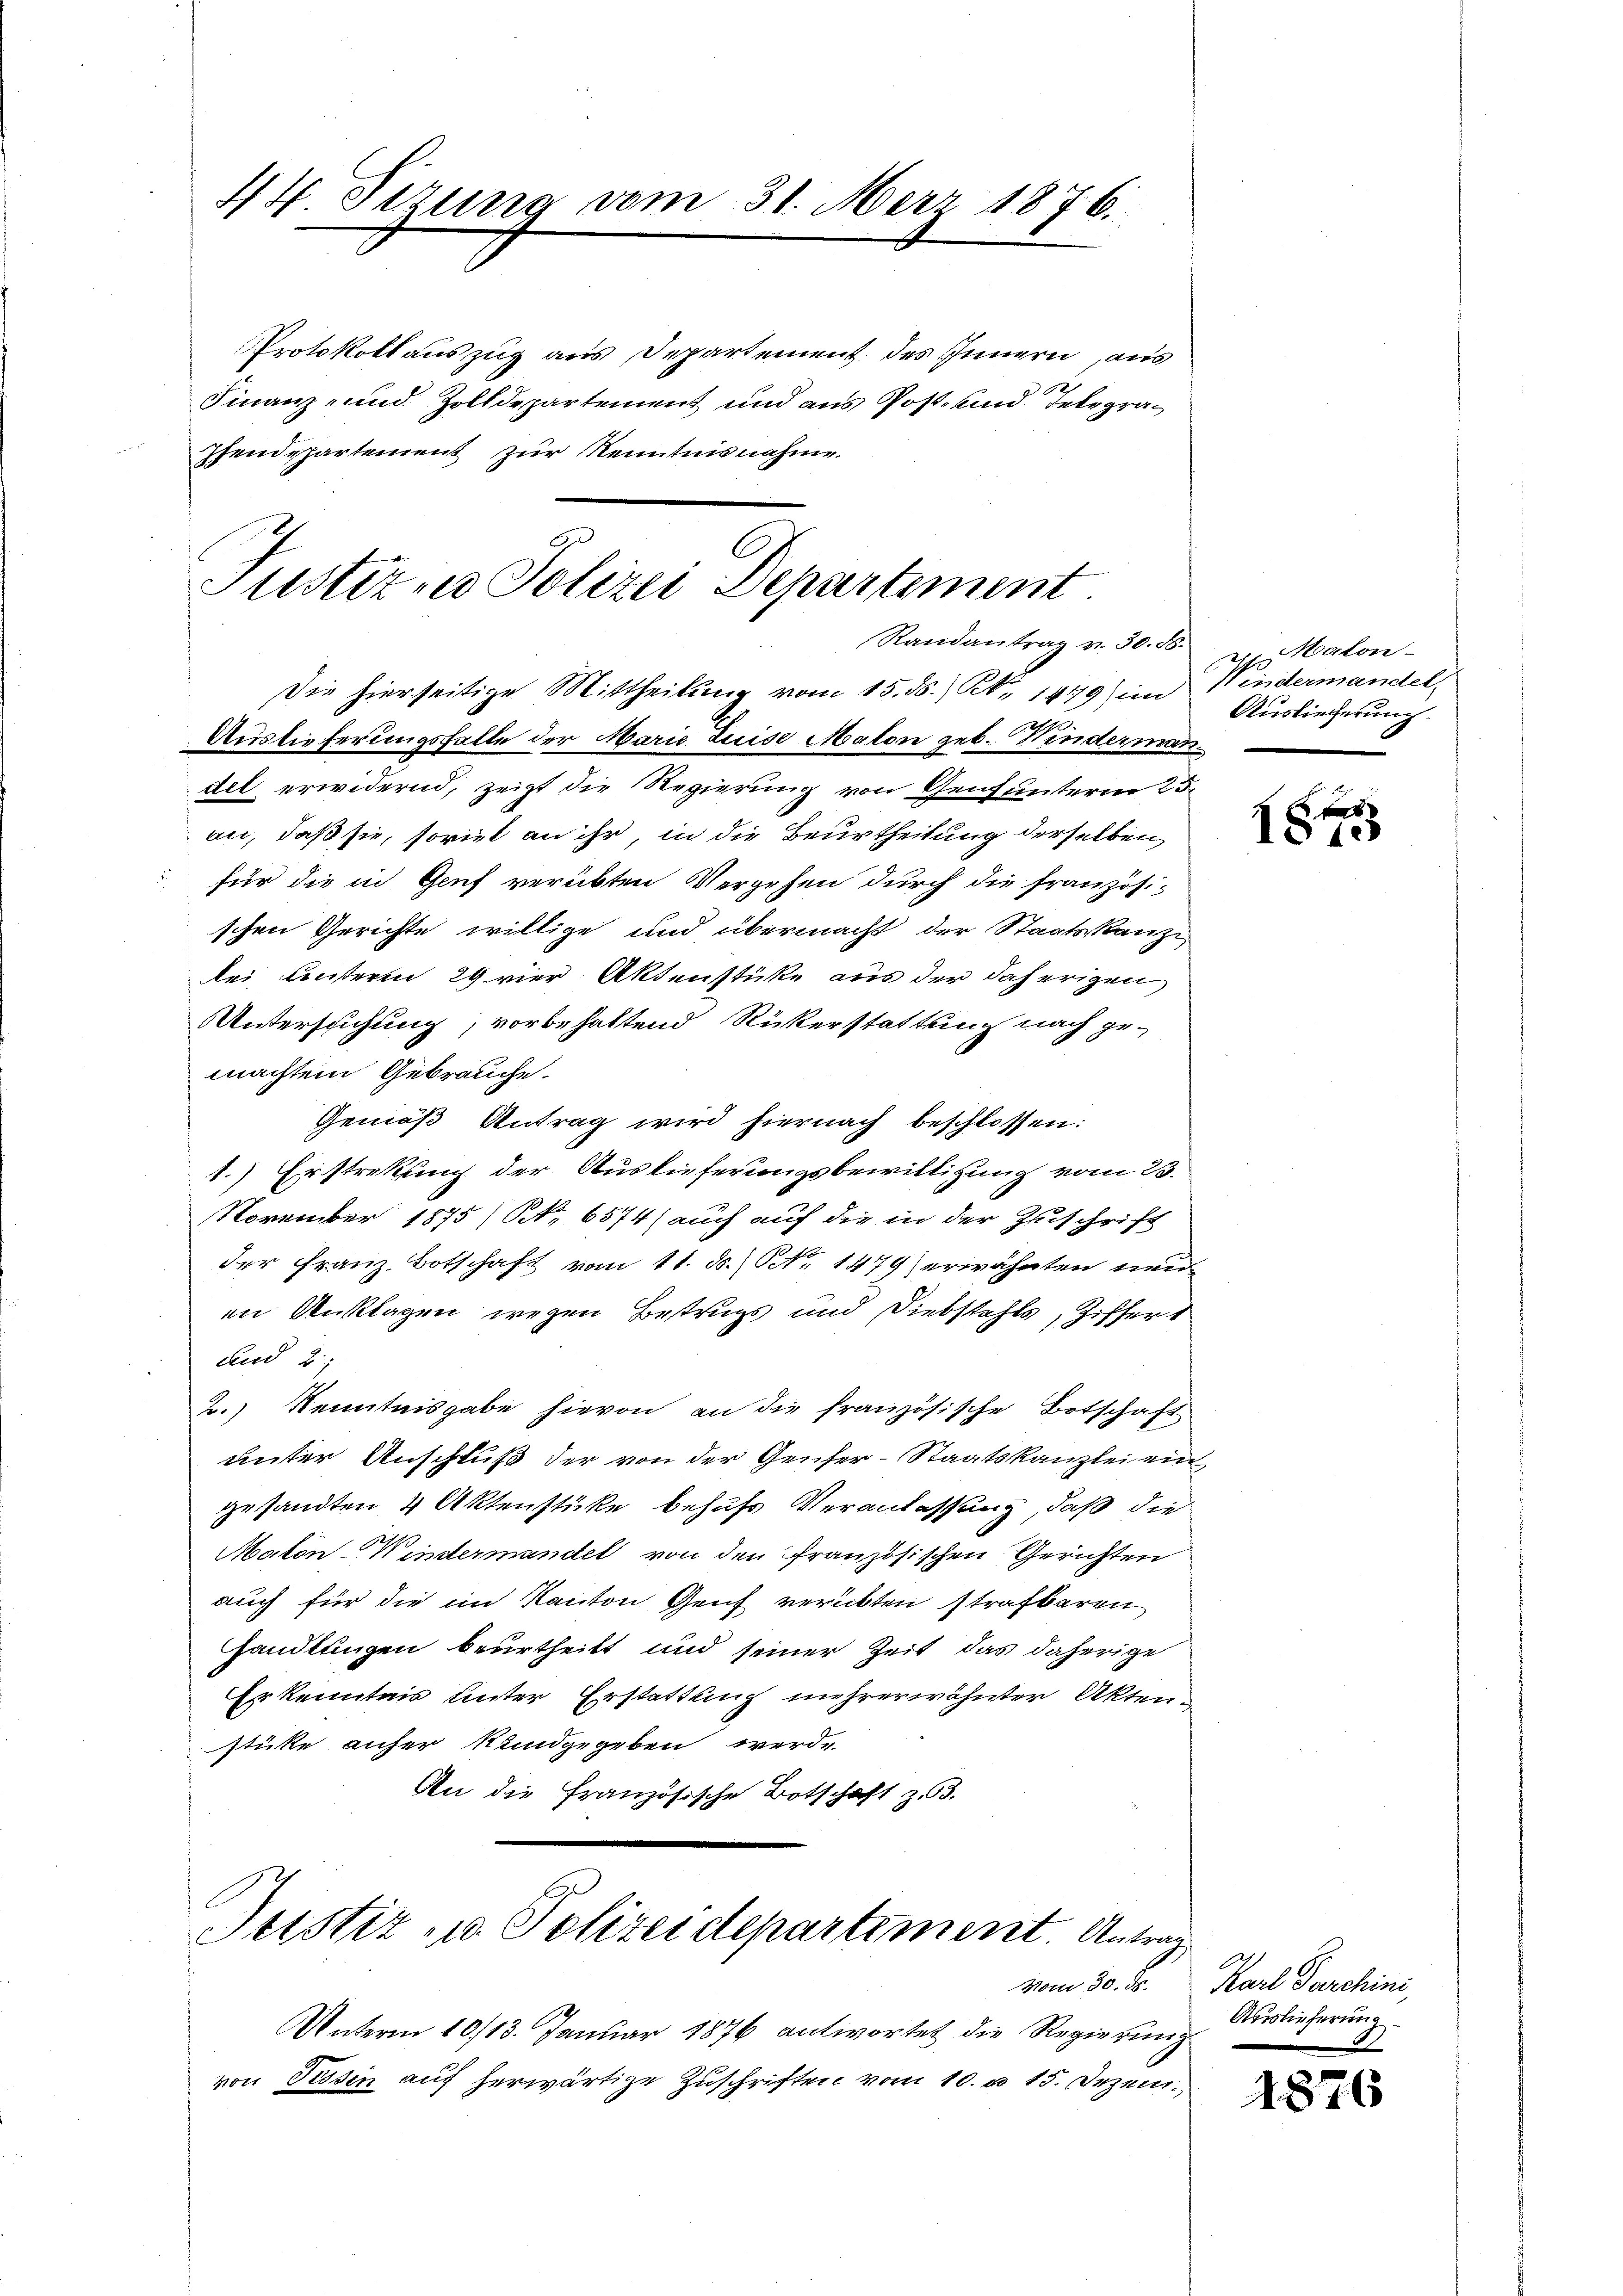
44 Sizung vom 31. März 1876.

Protokoll auszug aus Departement des Innern aus
Finanz- und Zolldepartement und aus Post- und Telegra¬
Pfendepartement zur Kenntnisnahme.

C
Justiz, Polizei Departement
Randantrag v. 30. ds.

Justiz u. Polizeidepartement. Antrag

Unterm 10/13. Januar 1876 antwortet die Regierung
von Tessin auf herwärtige Zuschriften vom 10. u 15. Dezem¬

Die hierseitige Mittheilung vom 15. ds.) S. 1479) im 11 indermandel-
Auslieferungsfalle der Marie Luise Maton geb. Kindermann.
del erwidernd, zeigt die Regierung von Genf unterm 25.
an, daß sie, soviel an ihr, in die Beurtheilung derselben
für die in Genf verübten Vergehen durch die französi-
schen Gerichte willige und übermacht der Staatskanz
bei Unteren 29 vier Aktenstücke aus der daherigen,
UUntersuchung, vorbehaltend Rückerstattung nach gemachten Gebrauche.
Gemäß Antrag wird hiernach beschlossen:
1.) Erstretung der Auslieferungsbewilligung vom 23.
November 1875) Nr. 6574) auch auf die in der Zuschrift
der Franz Botschaft vom 11. ds. No. 1479) erwähnten neuen Anklagen wegen Betrugs und Diebstahls, Ziffert
und 2:
2.) Kenntnisgabe hievon an die französische Botschaft
unter Anschluß der von der Genfer-Staatskanzlei ein
gesandten 4 Aktenstücke behufs Veranlassung, daß die
Maton-Windermandel von den französischen Gerichten
auch für die im Kanton Genf verübten strafbaren
handlungen beurtheilt und seiner Zeit, das daherige
Erkenntnis unter Erstattung mehrerwähnter Akten-
stüke anher Kundgegeben werde.
An die Französische Botschaft z. 3.

Malon-
Auslieferung.

1815

vom 30. ds. Karl Parchini,
Auslieferung

187

s